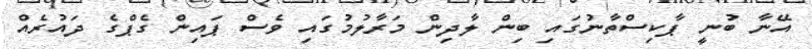
އޭނާ ބުނީ ޕާކިސްތާނުގައި ބިން ލާދިން މަރާލުމުގައި ވެސް ޕައިން ގެޕްގެ ދައުރެއް